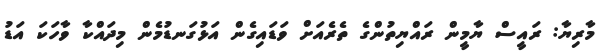
މާރިޔާ: ރައީސް ޔާމީން ރައްޔިތުންގެ ތެރެއަށް ވަޑައިގެން އަޅުގަނޑުމެން މިދައްކާ ވާހަކަ އަޑު